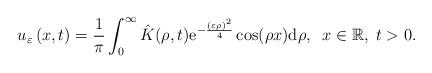
LaTeX: \begin{align*}u_{\varepsilon }\left( x,t\right) =\frac{1}{\pi }\int_{0}^{\infty }\hat{K}(\rho ,t)\mathrm{e}^{-\frac{\left( \varepsilon \rho \right) ^{2}}{4}}\cos(\rho x)\mathrm{d}\rho ,\;\;x\in\mathbb{R},\;t>0. \end{align*}